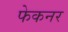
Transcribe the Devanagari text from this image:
फेकनर